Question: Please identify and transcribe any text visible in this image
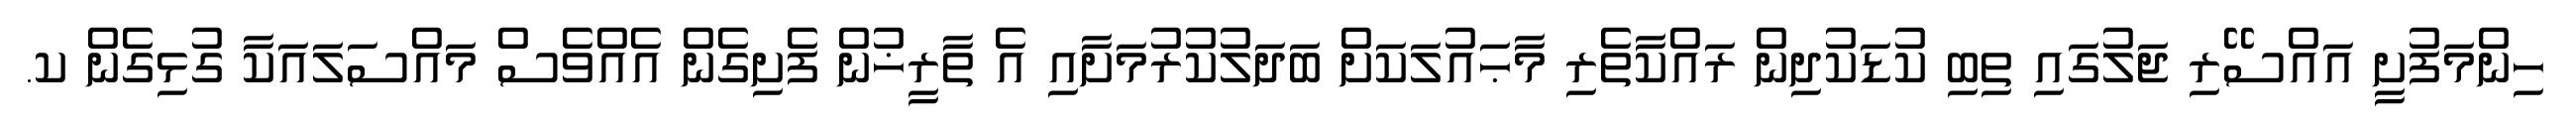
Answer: ހިންމަފުށީ އައްސޭރި ޖަލުގައި ތިބި ކުޑަކުދިން ރައްކާތެރި މާޙައުލަކަށް ބަދަލުކުރުމަށާއި އެ ތާރީޚުން ފެށިގެން އެއްވެސް މައްސަލައަކާ ގުޅިގެން ކ.